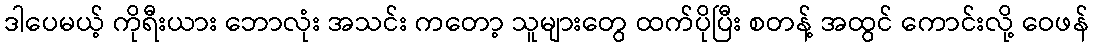
ဒါပေမယ့် ကိုရီးယား ဘောလုံး အသင်း ကတော့ သူများတွေ ထက်ပိုပြီး စတန့် အထွင် ကောင်းလို့ ဝေဖန်